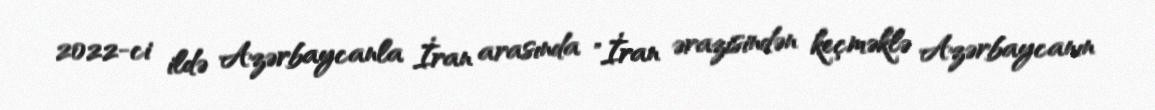
2022-ci ildə Azərbaycanla İran arasında "İran ərazisindən keçməklə Azərbaycanın